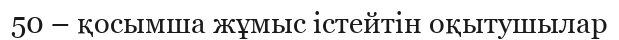
50 – қосымша жұмыс істейтін оқытушылар